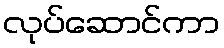
လုပ်ဆောင်ကာ